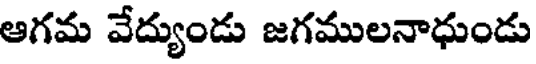
ఆగమ వేద్యుండు జగములనాధుండు